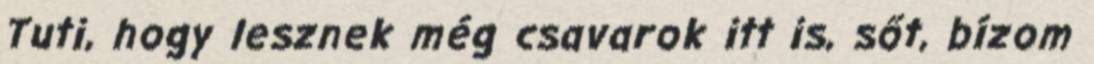
Tuti, hogy lesznek még csavarok itt is, sőt, bízom